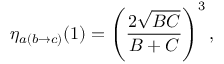
\eta _ { a ( b \rightarrow c ) } ( 1 ) = \left( { \frac { 2 \sqrt { B C } } { B + C } } \right) ^ { 3 } ,